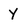
Character: Y